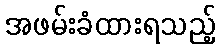
အဖမ်းခံထားရသည့်